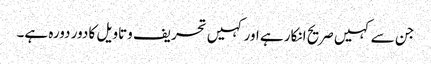
جن سے کہیں صریح انکار ہے اور کہیں تحریف وتاویل کا دور دورہ ہے۔